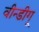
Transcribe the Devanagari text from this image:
वीन्डीगू